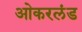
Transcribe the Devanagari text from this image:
ओकरलंड